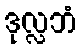
ဒုလ္လဘံ